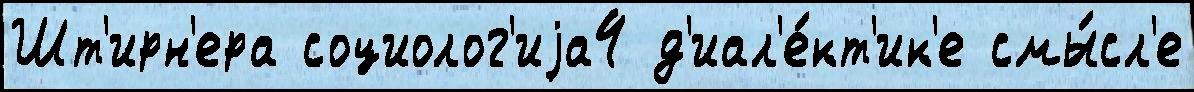
Шт'ирн'ера социолог'иjа4 д'иал'е́кт'ик'е смы́сл'е